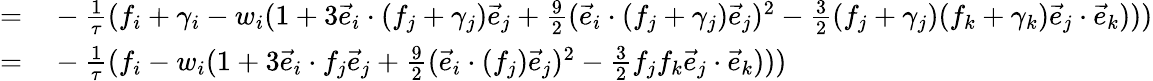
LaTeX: \begin{array}{rl}{=}&{{}-\frac{1}{\tau}(f_{i}+\gamma_{i}-{w_{i}}(1+3\vec{e}_{i}\cdot(f_{j}+\gamma_{j})\vec{e}_{j}+\frac{9}{2}(\vec{e}_{i}\cdot(f_{j}+\gamma_{j})\vec{e}_{j})^{2}-\frac{3}{2}(f_{j}+\gamma_{j})(f_{k}+\gamma_{k})\vec{e}_{j}\cdot\vec{e}_{k})))}\\ {=}&{{}-\frac{1}{\tau}(f_{i}-{w_{i}}(1+3\vec{e}_{i}\cdot f_{j}\vec{e}_{j}+\frac{9}{2}(\vec{e}_{i}\cdot(f_{j})\vec{e}_{j})^{2}-\frac{3}{2}f_{j}f_{k}\vec{e}_{j}\cdot\vec{e}_{k})))}\end{array}